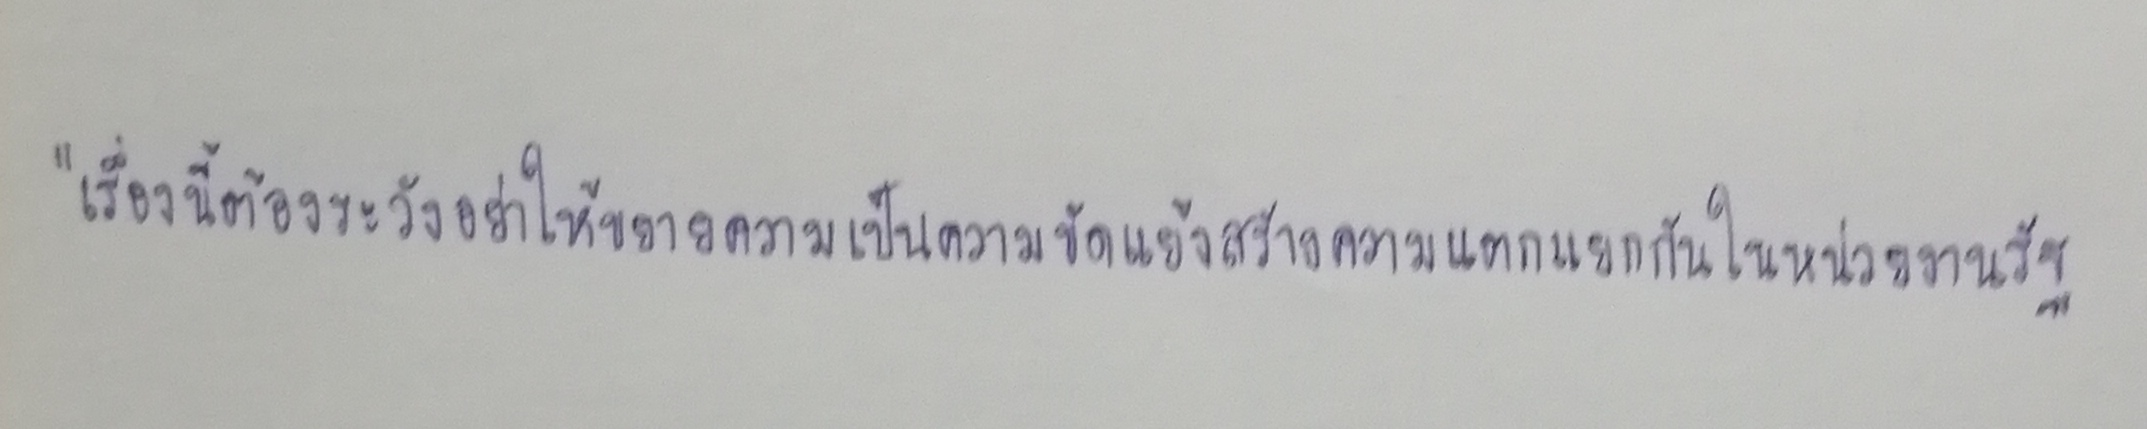
"เรื่องนี้ต้องระวังอย่าให้ขยายความเป็นความขัดแย้งสร้างความแตกแยกกันในหน่วยงานรัฐ